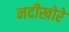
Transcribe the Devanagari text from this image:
नदीखोरे